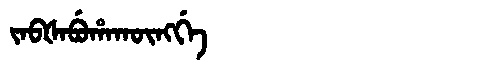
Manchu: ᠵᠠᠪᡧᠠᠪᡠᡥᠠᡴᡡᠩᡤᡝ
Romanization: JABŠABUHAKŪNGGE